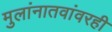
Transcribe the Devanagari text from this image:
मुलांनातवांवरही